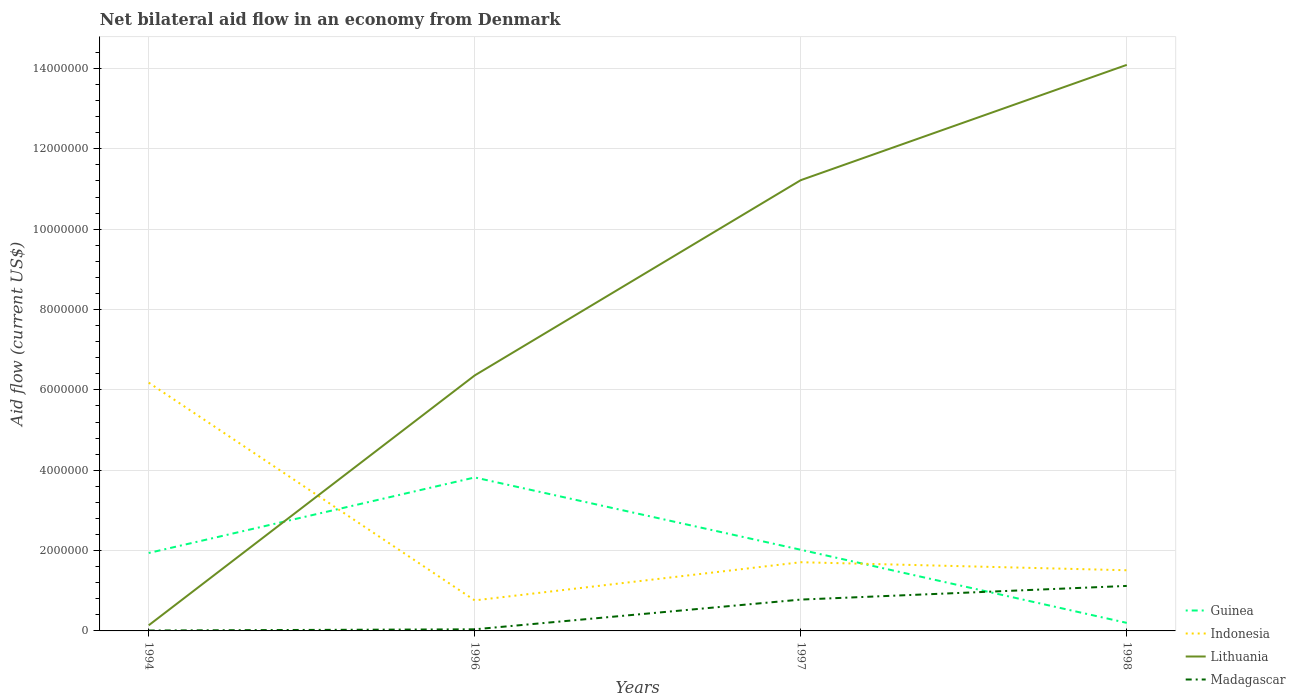
| Years | Guinea | Indonesia | Lithuania | Madagascar |
 | --- | --- | --- | --- | --- |
 | 1994 | 1.94e+06 | 6.18e+06 | 1.4e+05 | 1e+04 |
 | 1996 | 3.82e+06 | 7.6e+05 | 6.36e+06 | 4e+04 |
 | 1997 | 2.02e+06 | 1.71e+06 | 1.12e+07 | 7.8e+05 |
 | 1998 | 2e+05 | 1.51e+06 | 1.41e+07 | 1.12e+06 |